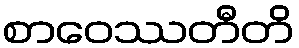
စာဝေဿတီတိ